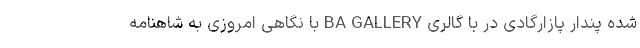
شده پندار پازارگادی در با گالری‌ BA GALLERY با نگاهی امروزی به شاهنامه